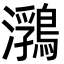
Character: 𪃽